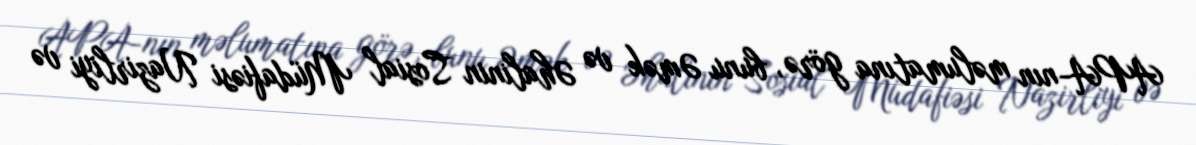
APA-nın məlumatına görə, bunu Əmək və Əhalinin Sosial Müdafiəsi Nazirliyi və